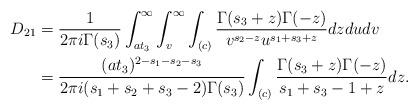
LaTeX: \begin{align*}D_{21} &= \frac{1}{2 \pi i \Gamma(s_3)} \int_{at_3}^\infty \int_v^\infty \int_{(c)} \frac{\Gamma(s_3+z) \Gamma(-z)}{v^{s_2-z}u^{s_1+s_3+z}} dzdudv \\&= \frac{(at_3)^{2-s_1-s_2-s_3}}{2 \pi i (s_1+s_2+s_3-2) \Gamma(s_3)} \int_{(c)} \frac{\Gamma(s_3+z) \Gamma(-z)}{s_1+s_3-1+z} dz.\end{align*}